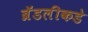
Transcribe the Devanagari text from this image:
ब्रॅडलीकडे